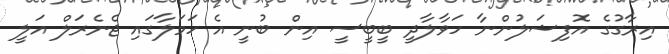
އިރާގުގެ އޮފިޝަލުންނާ ހަވާލާދީ ބީބީސީ އިން ބުނީ އެ ހަމަލާގައި ޖެނެރަލް އަލީ